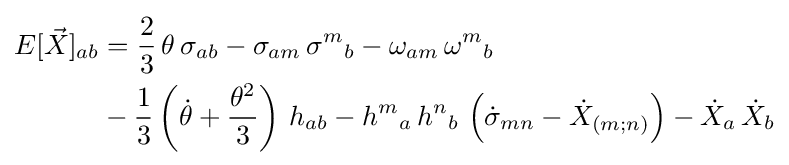
{\begin{aligned}E[{\vec {X}}]_{ab}&={\frac {2}{3}}\,\theta \,\sigma _{ab}-\sigma _{am}\,{\sigma ^{m}}_{b}-\omega _{am}\,{\omega ^{m}}_{b}\\&-{\frac {1}{3}}\left({\dot {\theta }}+{\frac {\theta ^{2}}{3}}\right)\,h_{ab}-{h^{m}}_{a}\,{h^{n}}_{b}\,\left({\dot {\sigma }}_{mn}-{\dot {X}}_{(m;n)}\right)-{\dot {X}}_{a}\,{\dot {X}}_{b}\\\end{aligned}}